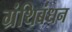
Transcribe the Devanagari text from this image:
ग्रंथिबंधन